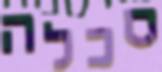
סכלה